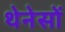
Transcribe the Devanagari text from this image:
थेनेसों